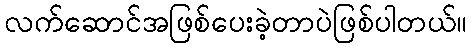
လက်ဆောင်အဖြစ်ပေးခဲ့တာပဲဖြစ်ပါတယ်။